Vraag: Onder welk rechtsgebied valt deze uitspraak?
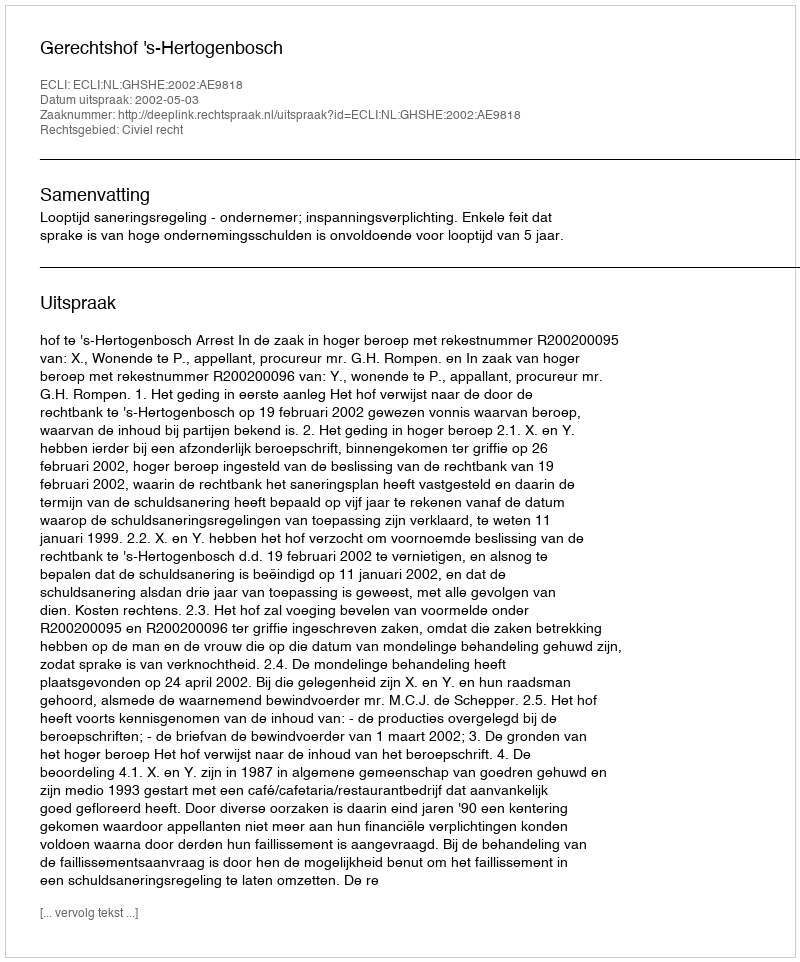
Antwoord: Civiel recht